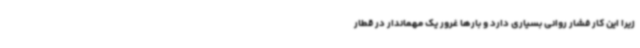
زیرا این کار فشار روانی بسیاری دارد و بارها غرور یک مهماندار در قطار